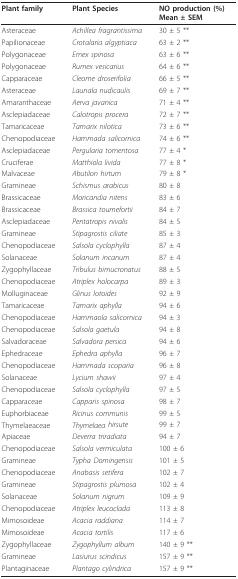
<table><thead><tr><td><b>Plant family</b></td><td><b>Plant Species</b></td><td><b>NO production (%)Mean ± SEM</b></td></tr></thead><tbody><tr><td>Asteraceae</td><td><i>Achillea fragrantissima</i></td><td>30 ± 5 **</td></tr><tr><td>Papilionaceae</td><td><i>Crotalaria algyptiaca</i></td><td>63 ± 2 **</td></tr><tr><td>Polygonaceae</td><td><i>Emex spinosa</i></td><td>63 ± 6 **</td></tr><tr><td>Polygonaceae</td><td><i>Rumex vesicarius</i></td><td>64 ± 6 **</td></tr><tr><td>Capparaceae</td><td><i>Cleome droserifolia</i></td><td>66 ± 5 **</td></tr><tr><td>Asteraceae</td><td><i>Launala nudicaulis</i></td><td>69 ± 7 **</td></tr><tr><td>Amaranthaceae</td><td><i>Aerva javanica</i></td><td>71 ± 4 **</td></tr><tr><td>Asclepiadaceae</td><td><i>Calotropis procera</i></td><td>72 ± 7 **</td></tr><tr><td>Tamaricaceae</td><td><i>Tamarix nilotica</i></td><td>73 ± 6 **</td></tr><tr><td>Chenopodiaceae</td><td><i>Hammada salicornica</i></td><td>74 ± 6 **</td></tr><tr><td>Asclepiadaceae</td><td><i>Pergularia tomentosa</i></td><td>77 ± 4 *</td></tr><tr><td>Cruciferae</td><td><i>Matthiola livida</i></td><td>77 ± 8 *</td></tr><tr><td>Malvaceae</td><td><i>Abutilon hirtum</i></td><td>79 ± 8 *</td></tr><tr><td>Gramineae</td><td><i>Schismus arabicus</i></td><td>80 ± 8</td></tr><tr><td>Brassicaceae</td><td><i>Moricandia nitens</i></td><td>83 ± 6</td></tr><tr><td>Brassicaceae</td><td><i>Brassica tournefortii </i></td><td>84 ± 7</td></tr><tr><td>Asclepiadaceae</td><td><i>Pentatropis nivalis</i></td><td>84 ± 5</td></tr><tr><td>Gramineae</td><td><i>Stipagrostis ciliate</i></td><td>85 ± 3</td></tr><tr><td>Chenopodiaceae</td><td><i>Salsola cyclophylla</i></td><td>87 ± 4</td></tr><tr><td>Solanaceae</td><td><i>Solanum incanum</i></td><td>87 ± 4</td></tr><tr><td>Zygophyllaceae</td><td><i>Tribulus bimucronatus</i></td><td>88 ± 5</td></tr><tr><td>Chenopodiaceae</td><td><i>Atriplex holocarpa</i></td><td>89 ± 3</td></tr><tr><td>Molluginaceae</td><td><i>Glinus lotoides</i></td><td>92 ± 9</td></tr><tr><td>Tamaricaceae</td><td><i>Tamarix aphylla</i></td><td>94 ± 6</td></tr><tr><td>Chenopodiaceae</td><td><i>Hammaola salicornica</i></td><td>94 ± 3</td></tr><tr><td>Chenopodiaceae</td><td><i>Salsola gaetula</i></td><td>94 ± 8</td></tr><tr><td>Salvadoraceae</td><td><i>Salvadora persica</i></td><td>94 ± 6</td></tr><tr><td>Ephedraceae</td><td><i>Ephedra aphylla</i></td><td>96 ± 7</td></tr><tr><td>Chenopodiaceae</td><td><i>Hammada scoparia</i></td><td>96 ± 8</td></tr><tr><td>Solanaceae</td><td><i>Lycium shawii</i></td><td>97 ± 4</td></tr><tr><td>Chenopodiaceae</td><td><i>Salsola cyclophylla</i></td><td>97 ± 5</td></tr><tr><td>Capparaceae</td><td><i>Capparis spinosa </i></td><td>98 ± 7</td></tr><tr><td>Euphorbiaceae</td><td><i>Ricinus communis</i></td><td>99 ± 5</td></tr><tr><td>Thymelaeaceae</td><td><i>Thymelaea hirsute</i></td><td>99 ± 7</td></tr><tr><td>Apiaceae</td><td><i>Deverra triradiata</i></td><td>94 ± 7</td></tr><tr><td>Chenopodiaceae</td><td><i>Salsola vermiculata</i></td><td>100 ± 6</td></tr><tr><td>Gramineae</td><td><i>Typha Domingensis</i></td><td>101 ± 5</td></tr><tr><td>Chenopodiaceae</td><td><i>Anabasis setifera</i></td><td>102 ± 7</td></tr><tr><td>Gramineae</td><td><i>Stipagrostis plumosa</i></td><td>102 ± 4</td></tr><tr><td>Solanaceae</td><td><i>Solanum nigrum</i></td><td>109 ± 9</td></tr><tr><td>Chenopodiaceae</td><td><i>Atriplex leucoclada</i></td><td>113 ± 8</td></tr><tr><td>Mimosoideae</td><td><i>Acacia raddiana</i></td><td>114 ± 7</td></tr><tr><td>Mimosoideae</td><td><i>Acacia tortilis</i></td><td>117 ± 6</td></tr><tr><td>Zygophyllaceae</td><td><i>Zygophyllum album</i></td><td>140 ± 9 **</td></tr><tr><td>Gramineae</td><td><i>Lasiurus scindicus</i></td><td>157 ± 9 **</td></tr><tr><td>Plantaginaceae</td><td><i>Plantago cylindrica</i></td><td>157 ± 9 **</td></tr></tbody></table>